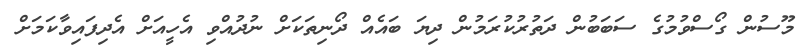
މޫސުން ގޯސްވުމުގެ ސަބަބުން ދަތުރުކުރަމުން ދިޔަ ބައެއް ދޯނިތަކަށް ނުދުއްވި އެހީއަށް އެެދިފައިވާކަމަށް